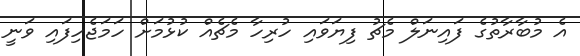
އެ މުބާރާތުގެ ފައިނަލް މެޗު ފިޔަވައި ހުރިހާ މެޗެއް ކުޅުމަށް ހަމަޖެހިފައި ވަނީ